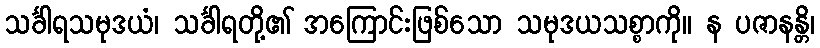
သင်္ခါရသမုဒယံ၊ သင်္ခါရတို့၏ အကြောင်းဖြစ်သော သမုဒယသစ္စာကို။ န ပဇာနန္တိ၊